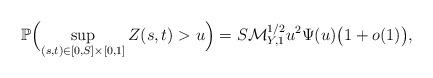
LaTeX: \begin{align*}\mathbb{P} \Bigl( \sup_{(s,t)\in[0,S]\times[0,1]} Z(s,t)> u \Bigr) = S \mathcal{M}_{Y,1}^{{1}/{2}} u^{ 2 } \Psi(u) \bigl(1+o(1)\bigr),\end{align*}